Indian journal of veterinary science and animal husbandry - Volumes 18-21, 1948-1951
Year: 1948
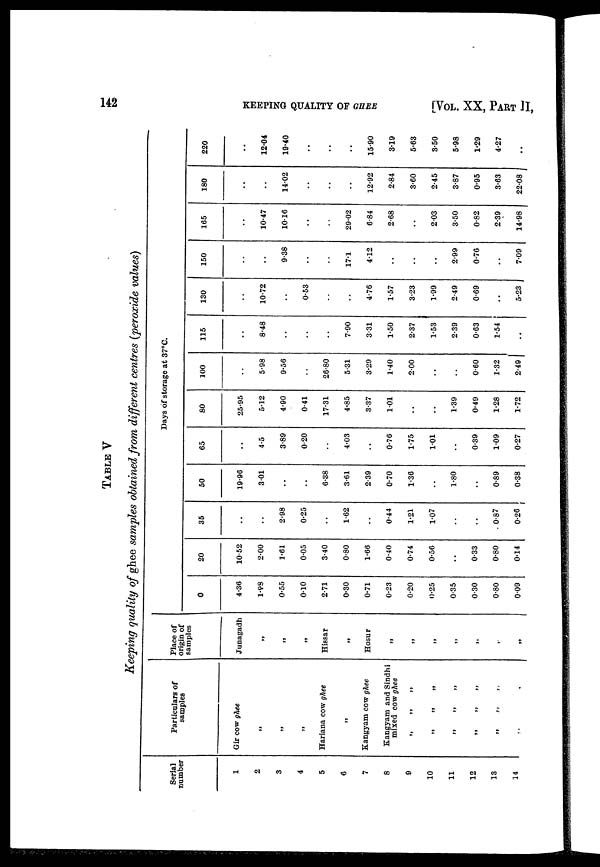
142
KEEPING QUALITY OF GHEE
[VOL. XX, PART II,
TABLE V
Keeping quality of ghee samples obtained from different centres (peroxide values)
Serial
number
1
2
3
4
5
6
7
8
9
10
11
12
13
14
Particulars of
samples
Gir cow ghee
„
„
„
Hariana cow ghee
„
Kangyam cow ghee
Kangyam and Sindhi
mixed cow ghee
„ „ „
„ „ „
„ „ „
„ „ „
„ „ „
„ „
Place of
origin of
samples
Junagadh
„
„
„
Hissar
„
Hosur
„
„
„
„
„
„
„
0
4.36
1.93
0.55
0.10
2.71
0.30
0.71
0.23
0.20
0.25
0.35
0.30
0.80
009
20
10.52
2.00
1.61
0.05
3.40
0.80
1.66
0.40
0.74
0.56
..
0.33
0.80
0.14
35
..
..
2.98
0.25
..
1.62
..
0.44
1.21
1.07
..
..
0.87
0.26
50
19.96
3.01
..
..
6.38
3.61
2.39
0.70
1.36
..
1.80
..
0.89
0.38
Days of storage at 37°C.
65
..
4.5
3.89
0.20
..
4.03
0.76
1.75
1.01
..
0.39
1.09
0.27
80
25.95
5.12
4.90
0.41
17.31
4.85
3.37
1.01
..
..
1.39
0.49
1.28
1.72
100
..
5.98
9.56
..
26.80
5.31
3.29
1.40
2.00
..
..
0.60
1.32
2.49
115
..
8.48
..
..
..
7.90
3.31
1.50
2.37
1.53
2.39
0.63
1.54
..
130
..
10.72
..
0.53
..
..
4.76
1.57
3.23
1.99
2.49
0.69
..
5.23
150
..
..
9.38
..
..
1.71
4.12
..
..
..
2.99
0.76
..
7.09
165
..
10.47
10.16
..
..
29.02
6.84
2.68
..
2.03
3.50
0.82
2.39
14.98
180
..
..
14.02
..
..
..
12.92
2.84
3.60
2.45
3.87
0.95
3.63
22.08
220
..
12.04
19.40
..
..
15.90
3.19
5.63
3.50
5.98
1.29
4.27
..